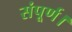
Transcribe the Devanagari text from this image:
संपूर्ण।